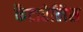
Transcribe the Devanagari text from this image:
कैटारेलिस